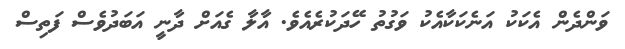
ވަންދެން އެކަކު އަނެކަކާއެކު ވަގުތު ހޭދަކުރެއެވެ. އާލާ ގެއަށް ދާނީ އަބަދުވެސް ފަތިސް